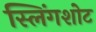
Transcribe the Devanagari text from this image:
स्लिंगशोट